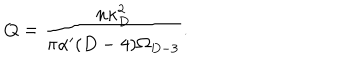
LaTeX: Q = { \frac { n \kappa _ { D } ^ { 2 } } { \pi \alpha ^ { \prime } ( D - 4 ) \Omega _ { D - 3 } } } .